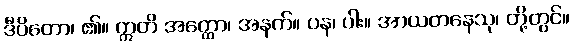
ဒီပိတော၊ ၏။ ဣတိ အတ္ထော၊ အနက်။ ပန၊ ပါး။ အာယတနေသု၊ တို့တွင်။